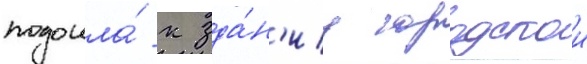
подошла́ к зда́н'иу городскои